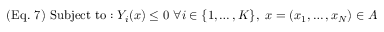
( { \mathrm { E q . ~ } } 7 ) { \mathrm { ~ } } { \mathrm { S u b j e c t ~ t o : ~ } } Y _ { i } ( x ) \leq 0 { \mathrm { ~ } } \forall i \in \{ 1 , \ldots , K \} { \mathrm { } } , { \mathrm { ~ } } x = ( x _ { 1 } , \ldots , x _ { N } ) \in A